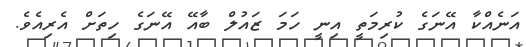
އަނެއްކާ އޭނަގެ ކުރިމަތީ އިނީ ހަމަ ޒައުލް ބާއޭ އޭނަގެ ހިތަށް އެރިއެވެ.